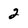
Character: 2